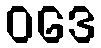
ဝဒေ